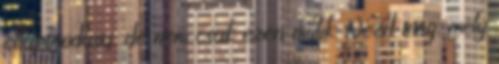
ellaposodása, de nem csak ezen múlik. Nézd meg, mely